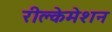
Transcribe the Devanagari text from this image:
रीक्लेमेशन